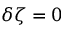
\delta \zeta = 0